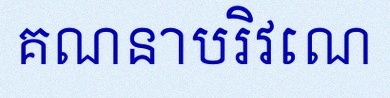
គណនាបរិវេណ